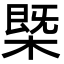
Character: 槩